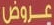
عروض